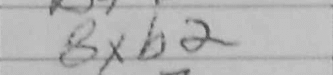
Transcription: Bxb2